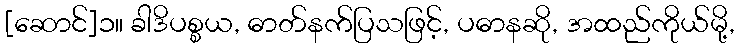
[ဆောင်]၁။ ခါဒိပစ္စယ, ဓာတ်နက်ပြသဖြင့်, ပဓာနဆို, အထည်ကိုယ်မို့,